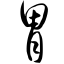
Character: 胃